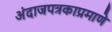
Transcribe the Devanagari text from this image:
अंदाजपत्रकाप्रमाणे